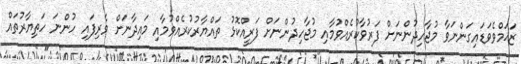
ޒަޚަމްވެވަޑައިގަންނަވާ މުޖާހިދުންނަށް ފަރުވާކުރެއްވުމާއި މުޖާހިދުންނަށް ފަރީއްކޮޅު ތައްޔާރުކުރެއްވުމާއި މައިދާނަށް ވެރިފައި ހުންނަ ހަތިޔާރުތައް